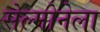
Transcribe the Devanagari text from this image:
सेल्मोनेला